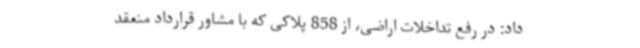
داد: در رفع تداخلات اراضی، از 858 پلاکی که با مشاور قرارداد منعقد